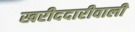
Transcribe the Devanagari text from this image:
खरीददारीवाली